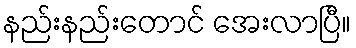
နည်းနည်းတောင် အေးလာပြီ။